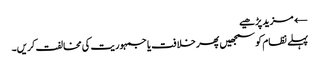
← مزید پڑھیے
پہلے نظام کو سمجھیں پھر خلافت یا جمہوریت کی مخالفت کریں۔